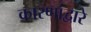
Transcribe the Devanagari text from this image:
कारणांद्वारे